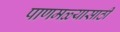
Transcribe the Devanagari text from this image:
पाणमळ्यासाठी